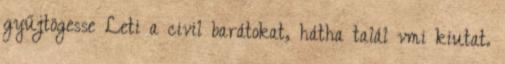
gyűjtögesse Leti a civil barátokat, hátha talál vmi kiutat.